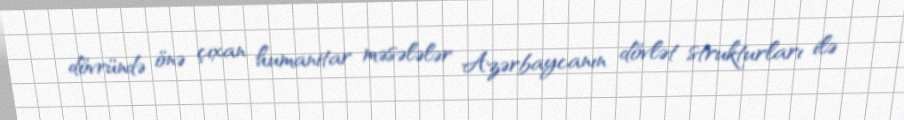
dövründə önə çıxan humanitar məsələlər Azərbaycanın dövlət strukturları ilə